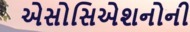
એસોસિએશનોની